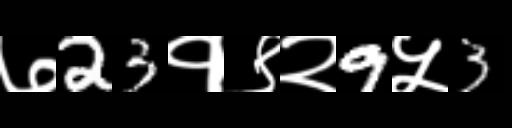
Text: ७23१९२9५3